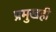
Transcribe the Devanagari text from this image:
प्रमुखही